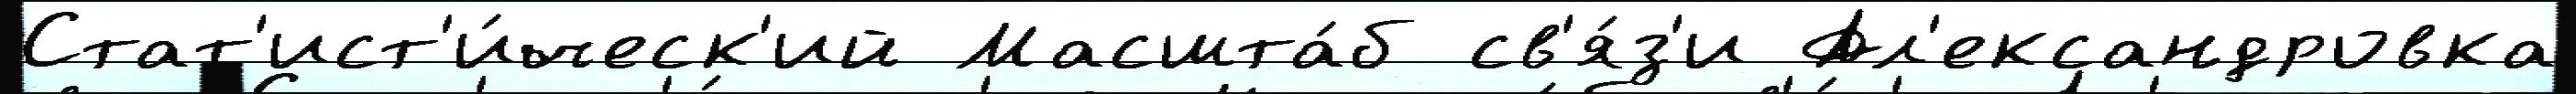
Стат'ист'и́ческ'ий Масшта́б св'я́з'и Ал'ександровка